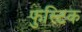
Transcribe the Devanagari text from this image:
फुस्टिक